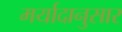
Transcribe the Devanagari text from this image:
मर्यादानुसार